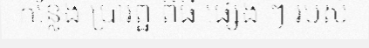
កន្លែង ប្រារព្ឋ ពិធី ផ្សេង ៗ របស់